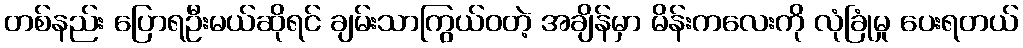
တစ်နည်း ပြောရဦးမယ်ဆိုရင် ချမ်းသာကြွယ်ဝတဲ့ အချိန်မှာ မိန်းကလေးကို လုံခြုံမှု ပေးရတယ်